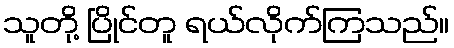
သူတို့ ပြိုင်တူ ရယ်လိုက်ကြသည်။